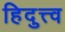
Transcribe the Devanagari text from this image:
हिदुत्त्व